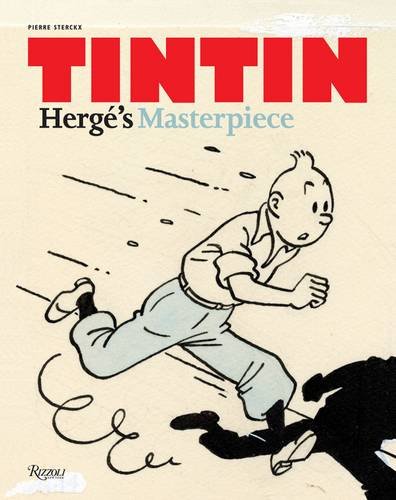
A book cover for Tintin: Herge's Masterpiece; Pierre Sterckx; Comics & Graphic Novels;